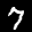
Label: 7